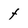
Character: F